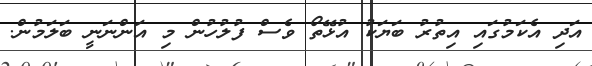
އަދި އެކަމުގައި އިތުރު ބަޔަކު އުޅޭތޯ ވެސް ފުލުހުން މި އަންނަނީ ބަލަމުން.